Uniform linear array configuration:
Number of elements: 8
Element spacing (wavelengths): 1
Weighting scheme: kaiser
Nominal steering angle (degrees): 60
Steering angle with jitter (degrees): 58.286
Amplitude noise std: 0.05
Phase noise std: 0.05

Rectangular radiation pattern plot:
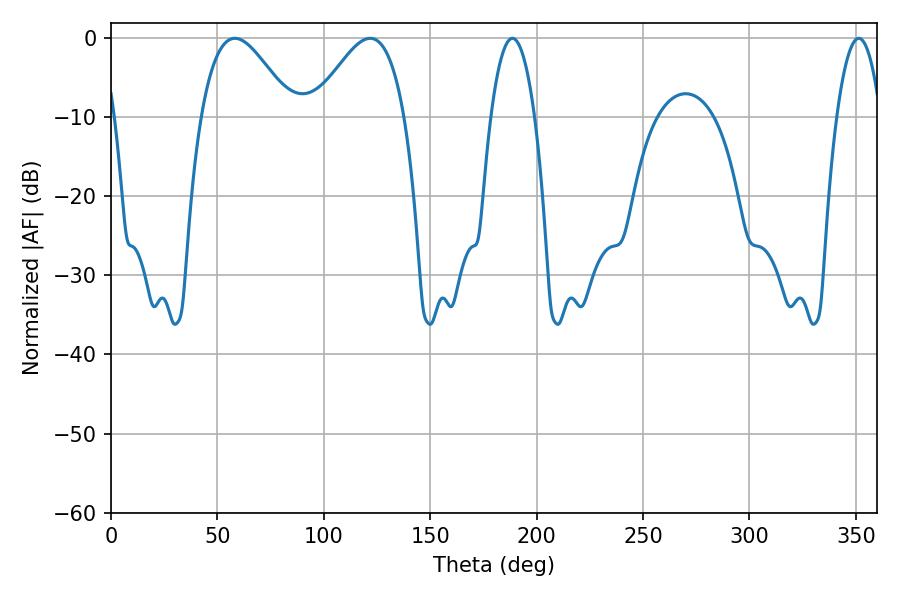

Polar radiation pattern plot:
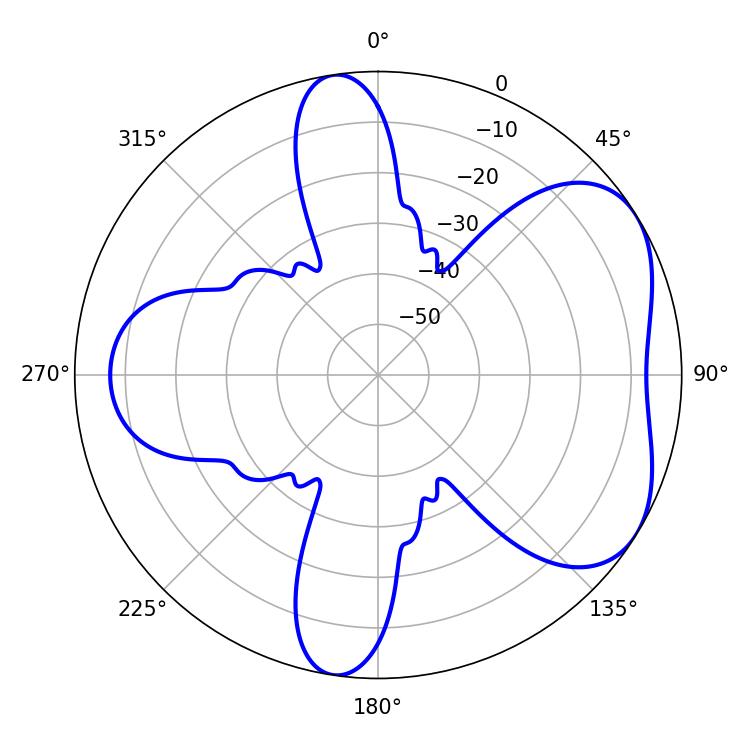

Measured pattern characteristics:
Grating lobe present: TRUE
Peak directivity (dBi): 5.027
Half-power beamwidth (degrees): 11.52
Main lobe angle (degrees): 188.64